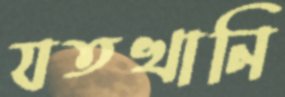
যতখানি